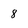
Character: 8